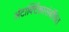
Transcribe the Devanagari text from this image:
अंटार्क्टिकासंबंधित